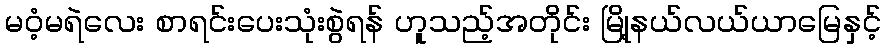
မဝံ့မရဲလေး စာရင်းပေးသုံးစွဲရန် ဟူသည့်အတိုင်း မြို့နယ်လယ်ယာမြေနှင့်